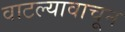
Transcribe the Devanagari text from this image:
वाटल्यावाचून